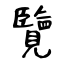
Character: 覽